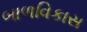
બાળવિકાસ